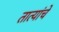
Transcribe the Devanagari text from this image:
तात्यांचे